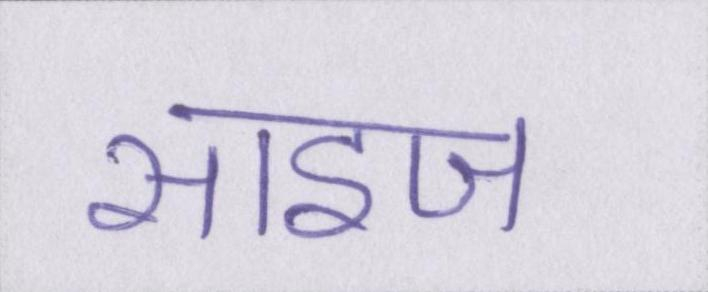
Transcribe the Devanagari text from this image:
साइज़